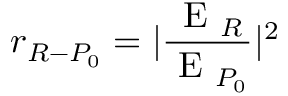
r _ { R - P _ { 0 } } = | \frac { \mathrm { ~ E ~ } _ { R } } { \mathrm { ~ E ~ } _ { P _ { 0 } } } | ^ { 2 }